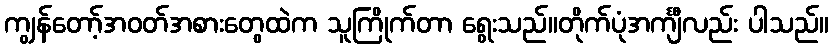
ကျွန်တော့်အဝတ်အစားတွေထဲက သူကြိုက်တာ ရွေးသည်။တိုက်ပုံအင်္ကျီလည်း ပါသည်။